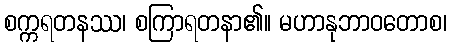
စက္ကရတနဿ၊ စကြာရတနာ၏။ မဟာနုဘာဝတောစ၊